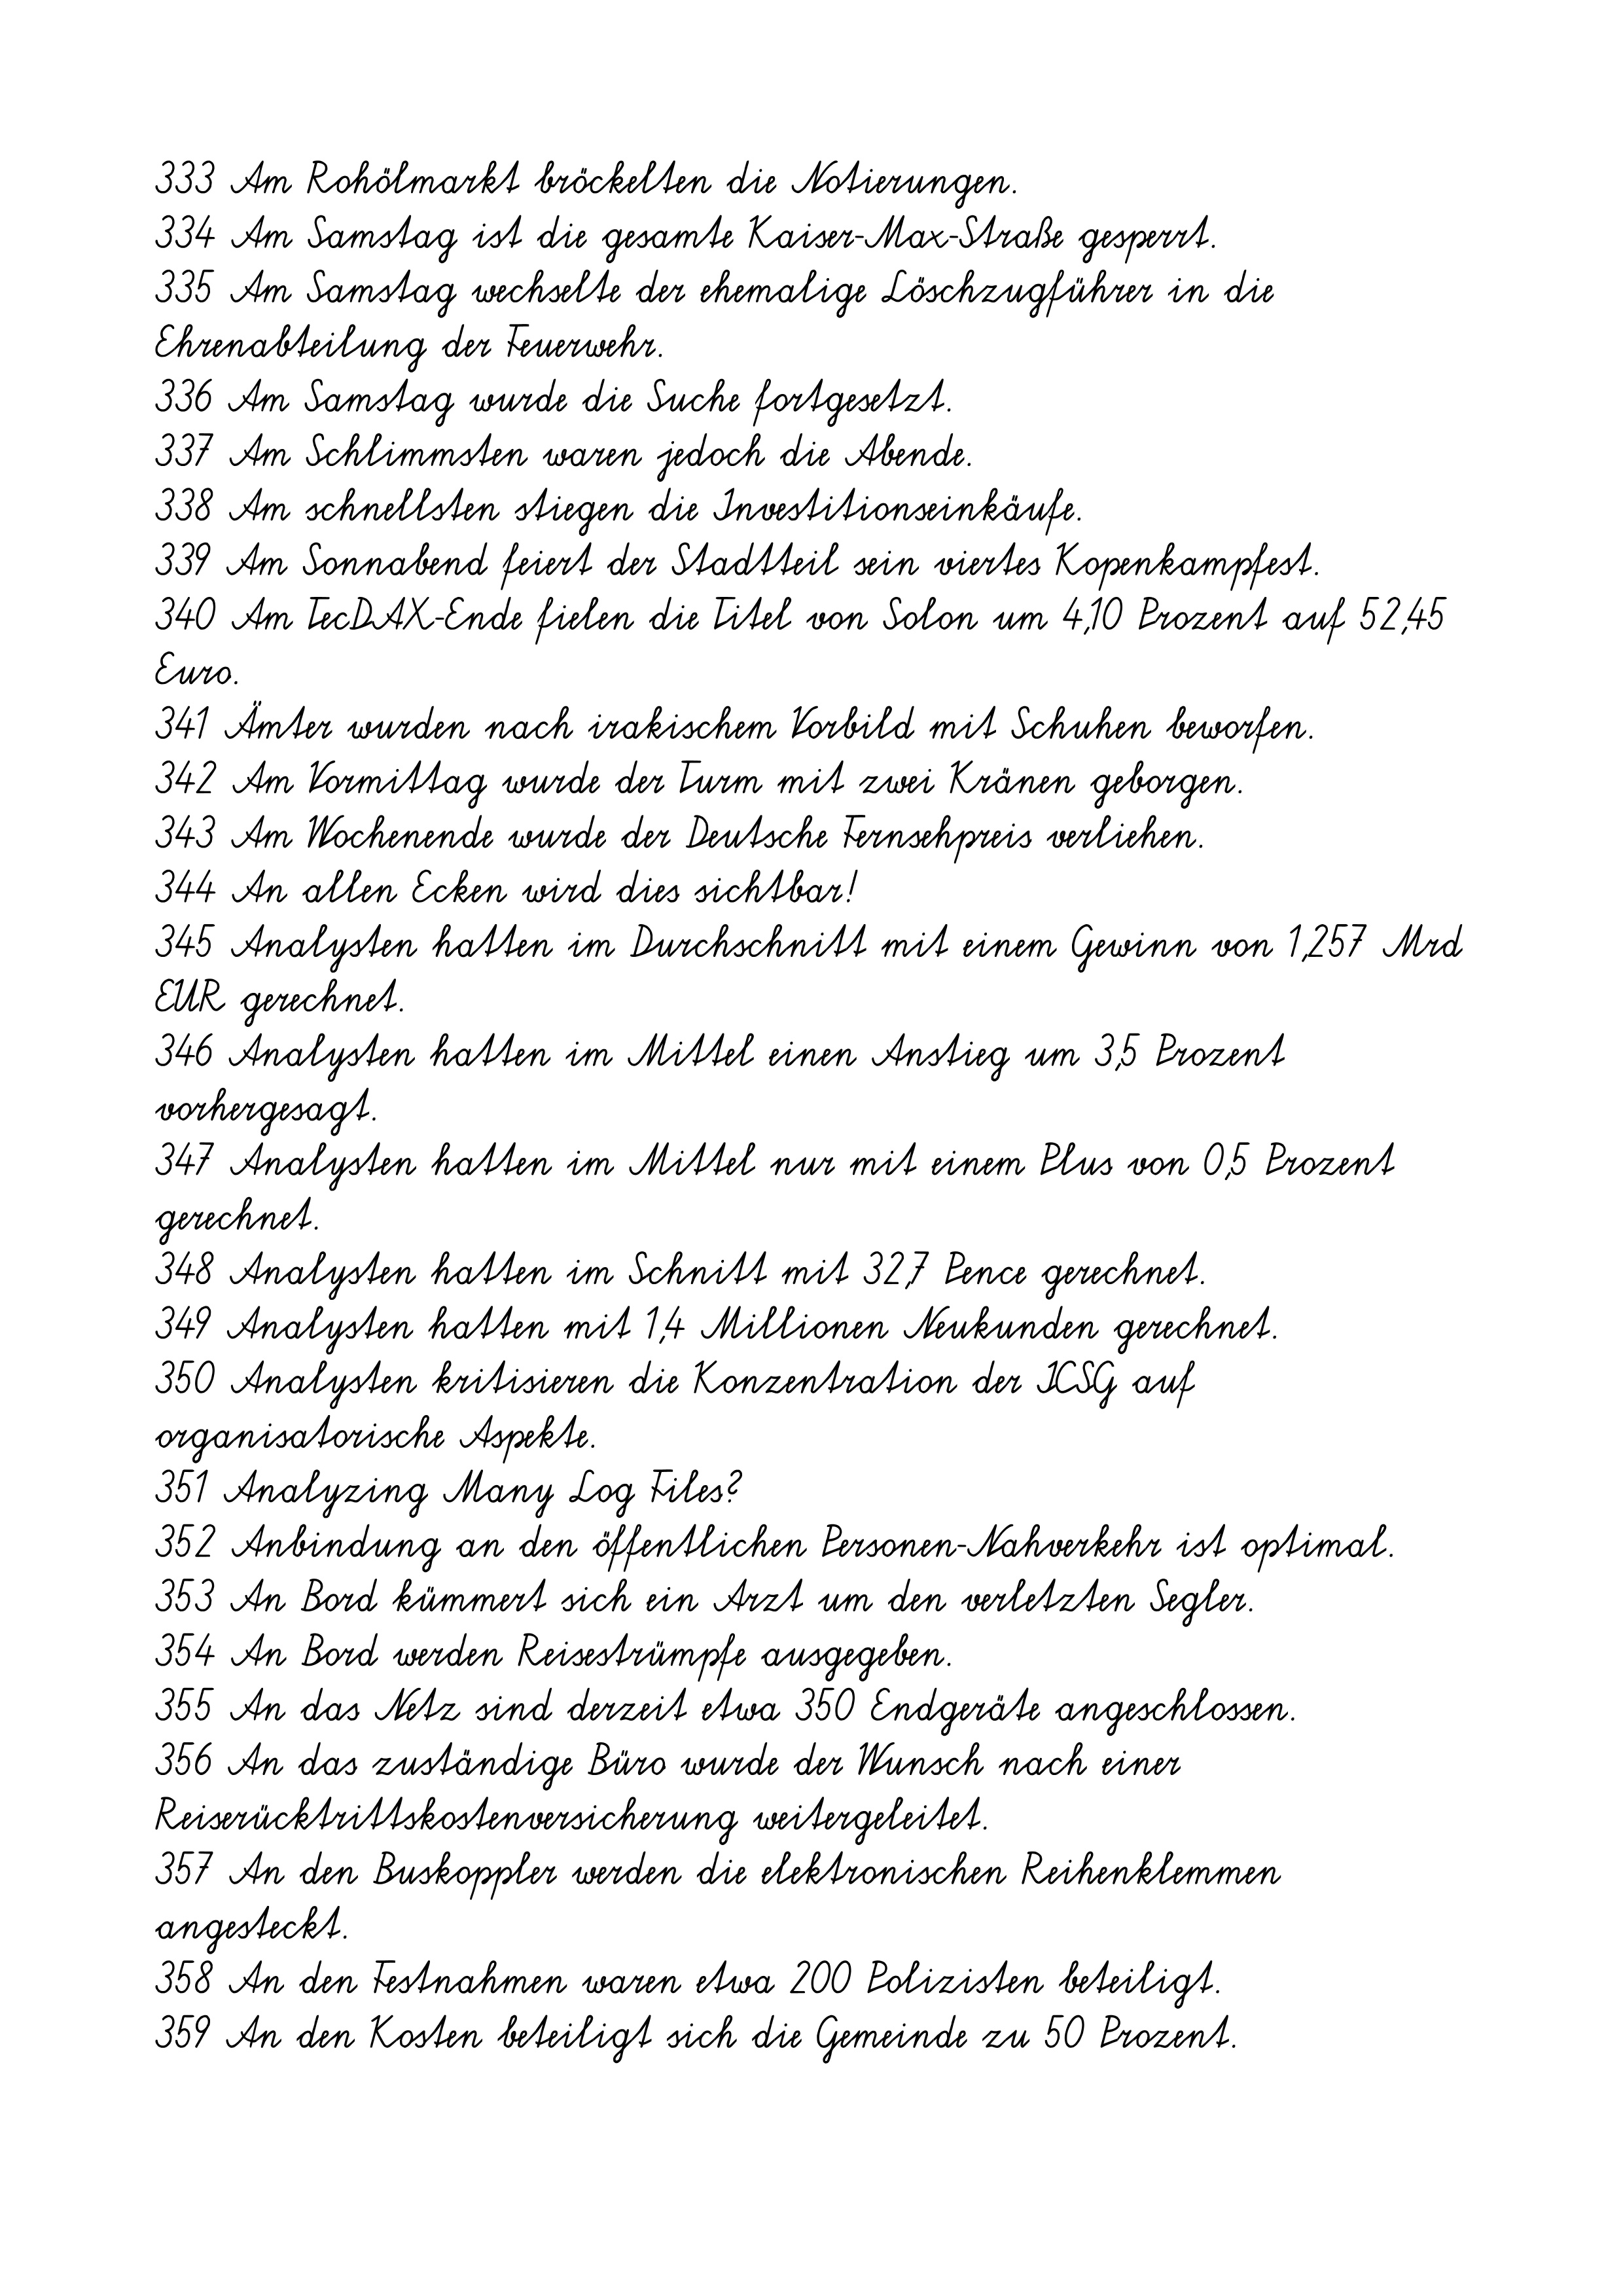
333 Am Rohölmarkt bröckelten die Notierungen.
334 Am Samstag ist die gesamte Kaiser-Max-Straße gesperrt.
335 Am Samstag wechselte der ehemalige Löschzugführer in die
Ehrenabteilung der Feuerwehr.
336 Am Samstag wurde die Suche fortgesetzt.
337 Am Schlimmsten waren jedoch die Abende.
338 Am schnellsten stiegen die Investitionseinkäufe.
339 Am Sonnabend feiert der Stadtteil sein viertes Kopenkampfest.
340 Am TecDAX-Ende fielen die Titel von Solon um 4,10 Prozent auf 52,45
Euro.
341 Ämter wurden nach irakischem Vorbild mit Schuhen beworfen.
342 Am Vormittag wurde der Turm mit zwei Kränen geborgen.
343 Am Wochenende wurde der Deutsche Fernsehpreis verliehen.
344 An allen Ecken wird dies sichtbar!
345 Analysten hatten im Durchschnitt mit einem Gewinn von 1,257 Mrd
EUR gerechnet.
346 Analysten hatten im Mittel einen Anstieg um 3,5 Prozent
vorhergesagt.
347 Analysten hatten im Mittel nur mit einem Plus von 0,5 Prozent
gerechnet.
348 Analysten hatten im Schnitt mit 32,7 Pence gerechnet.
349 Analysten hatten mit 1,4 Millionen Neukunden gerechnet.
350 Analysten kritisieren die Konzentration der ICSG auf
organisatorische Aspekte.
351 Analyzing Many Log Files?
352 Anbindung an den öffentlichen Personen-Nahverkehr ist optimal.
353 An Bord kümmert sich ein Arzt um den verletzten Segler.
354 An Bord werden Reisestrümpfe ausgegeben.
355 An das Netz sind derzeit etwa 350 Endgeräte angeschlossen.
356 An das zuständige Büro wurde der Wunsch nach einer
Reiserücktrittskostenversicherung weitergeleitet.
357 An den Buskoppler werden die elektronischen Reihenklemmen
angesteckt.
358 An den Festnahmen waren etwa 200 Polizisten beteiligt.
359 An den Kosten beteiligt sich die Gemeinde zu 50 Prozent.